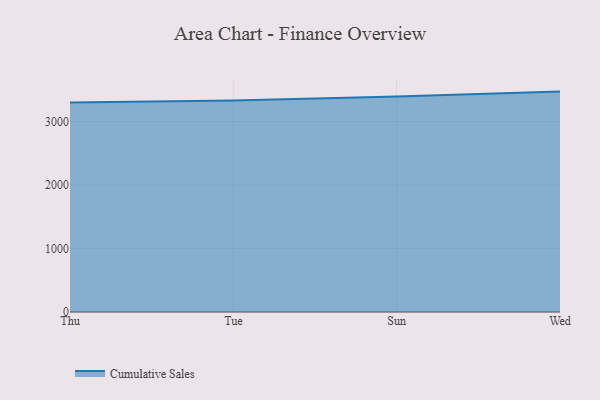
{"axis": {"x": "Day", "y": "Latency (ms)"}, "legend": ["Cumulative Sales"], "data": [{"x": "Thu", "y": 3297.2, "type": "Cumulative Sales"}, {"x": "Tue", "y": 3329.5, "type": "Cumulative Sales"}, {"x": "Sun", "y": 3394.1, "type": "Cumulative Sales"}, {"x": "Wed", "y": 3470.6, "type": "Cumulative Sales"}]}